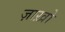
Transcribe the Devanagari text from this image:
ज़ाख़ो